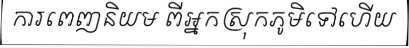
ការពេញនិយម ពីអ្នកស្រុកភូមិទៅហើយ